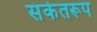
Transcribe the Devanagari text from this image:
संकेतरूप